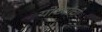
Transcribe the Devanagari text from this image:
योध्यांची